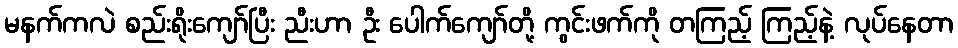
မနက်ကလဲ စည်းရိုးကျော်ပြီး ညီးဟာ ဦး ပေါက်ကျော်တို့ ကွင်းဖက်ကို တကြည့် ကြည့်နဲ့ လုပ်နေတာ